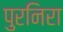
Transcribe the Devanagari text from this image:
पुरनिरा